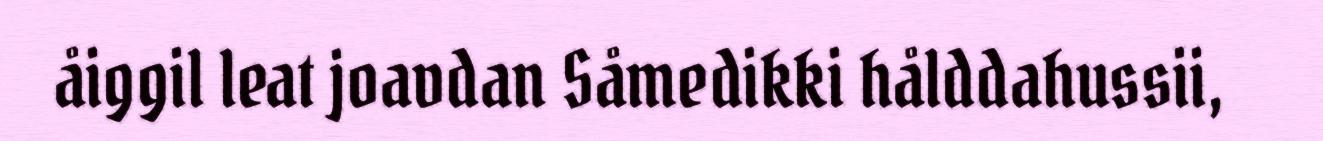
åiggil leat joavdan Såmedikki hålddahussii,